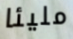
مليئا